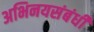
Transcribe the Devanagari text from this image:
अभिनयसंबंधी